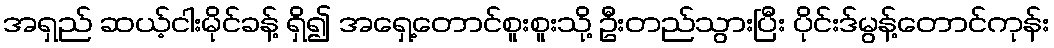
အရှည် ဆယ့်ငါးမိုင်ခန့် ရှိ၍ အရှေ့တောင်စူးစူးသို့ ဦးတည်သွားပြီး ပိုင်းဒ်မွန့်တောင်ကုန်း